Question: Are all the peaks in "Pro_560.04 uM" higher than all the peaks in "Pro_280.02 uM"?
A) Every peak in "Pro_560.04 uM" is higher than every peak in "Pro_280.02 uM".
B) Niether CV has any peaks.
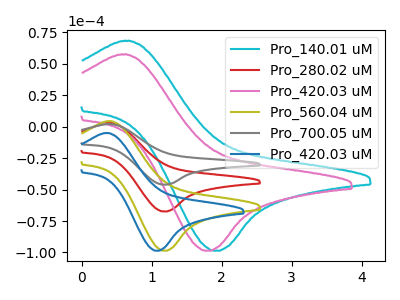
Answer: <think>The cyan curve "Pro_140.01 uM" has an anodic peak at (0.65V, 68.40uA) and a cathodic peak at (1.90V, -98.65uA). The red curve "Pro_280.02 uM" has an anodic peak at (0.40V, 3.05uA) and a cathodic peak at (1.20V, -67.45uA). The pink curve "Pro_420.03 uM" has an anodic peak at (0.60V, 57.60uA) and a cathodic peak at (1.80V, -98.65uA). The olive curve "Pro_560.04 uM" has an anodic peak at (0.40V, 4.45uA) and a cathodic peak at (1.20V, -98.65uA). The gray curve "Pro_700.05 uM" has an anodic peak at (0.40V, 6.05uA) and a cathodic peak at (1.20V, -134.85uA). The blue curve "Pro_420.03 uM" has an anodic peak at (0.35V, -5.00uA) and a cathodic peak at (1.05V, -98.65uA).</think>
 <answer>A) Every peak in "Pro_560.04 uM" is higher than every peak in "Pro_280.02 uM".</answer>
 <eval>A</eval>